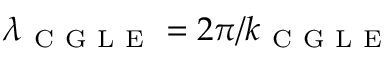
\lambda _ { \mathrm { ~ C ~ G ~ L ~ E ~ } } = 2 \pi / k _ { \mathrm { ~ C ~ G ~ L ~ E ~ } }